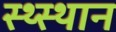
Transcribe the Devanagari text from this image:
स्‍थ्‍स्थान